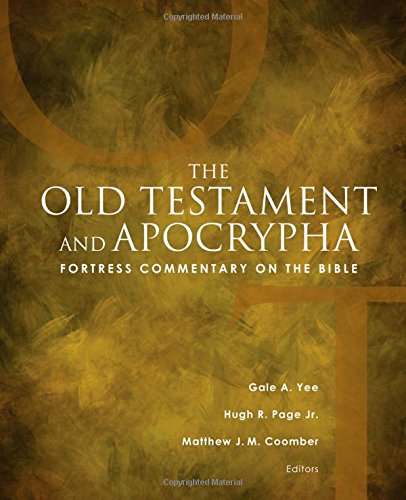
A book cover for Fortress Commentary on the Bible: The Old Testament and Apocrypha; Gale A. Yee; Christian Books & Bibles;